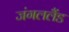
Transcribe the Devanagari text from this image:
जंगललैंड